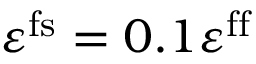
\varepsilon ^ { \mathrm { f s } } = 0 . 1 \varepsilon ^ { \mathrm { f f } }